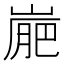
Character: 𡺮